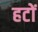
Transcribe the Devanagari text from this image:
हटों